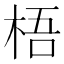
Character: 梧